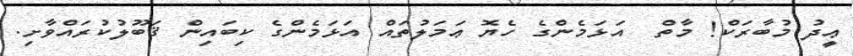
ޢީދު މުބާރަކް! މާތް  އަޅަމެންގެ ހެޔޮ ޢަމަލުތައް އަޅަމެންގެ ކިބައިން ޤަބޫލުކުރައްވާށި.